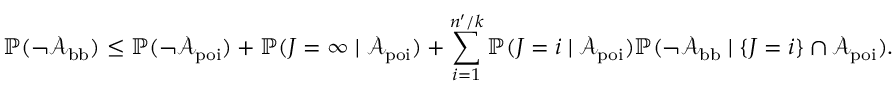
\mathbb { P } ( \neg { \mathcal A } _ { \mathrm { b b } } ) \le \mathbb { P } ( \neg { \mathcal A } _ { \mathrm { p o i } } ) + \mathbb { P } ( J = \infty \mid { \mathcal A } _ { \mathrm { p o i } } ) + \sum _ { i = 1 } ^ { n ^ { \prime } / k } \mathbb { P } ( J = i \mid { \mathcal A } _ { \mathrm { p o i } } ) \mathbb { P } ( \neg { \mathcal A } _ { \mathrm { b b } } \mid \{ J = i \} \cap { \mathcal A } _ { \mathrm { p o i } } ) .